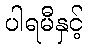
ပါရမီနှင့်